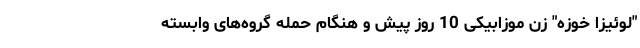
"لوئیزا خوزه" زن موزابیکی 10 روز پیش و هنگام حمله گروه‌های وابسته